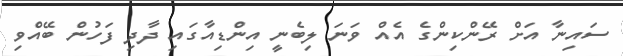
ސައިނާ އަށް ރޭންކިންގެ އެއް ވަނަ ލިބެނީ އިންޑިއާގައި ދާދި ފަހުން ބޭއްވި